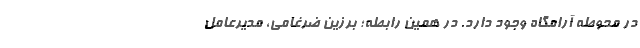
در محوطه آرامگاه وجود دارد. در همین رابطه؛ برزین ضرغامی، مدیرعامل